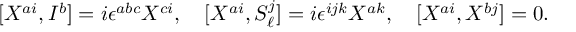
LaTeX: [ X ^ { a i } , I ^ { b } ] = i \epsilon ^ { a b c } X ^ { c i } , \quad [ X ^ { a i } , S _ { \ell } ^ { j } ] = i \epsilon ^ { i j k } X ^ { a k } , \quad [ X ^ { a i } , X ^ { b j } ] = 0 .